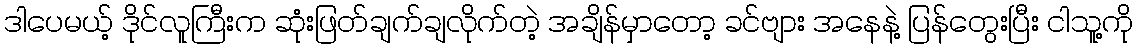
ဒါပေမယ့် ဒိုင်လူကြီးက ဆုံးဖြတ်ချက်ချလိုက်တဲ့ အချိန်မှာတော့ ခင်ဗျား အနေနဲ့ ပြန်တွေးပြီး ငါသူ့ကို